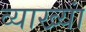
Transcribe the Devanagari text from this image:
व्याख्यां